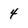
Character: 4